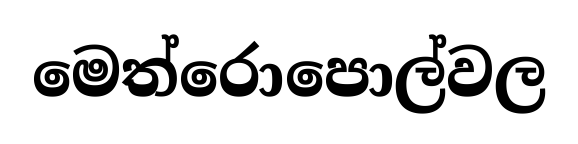
මෙත්රොපොල්වල